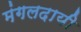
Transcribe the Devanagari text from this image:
मंगलदायी